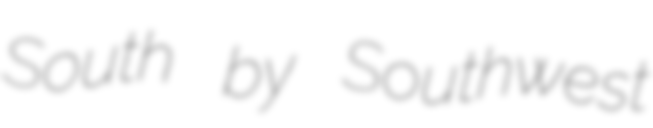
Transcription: South by Southwest